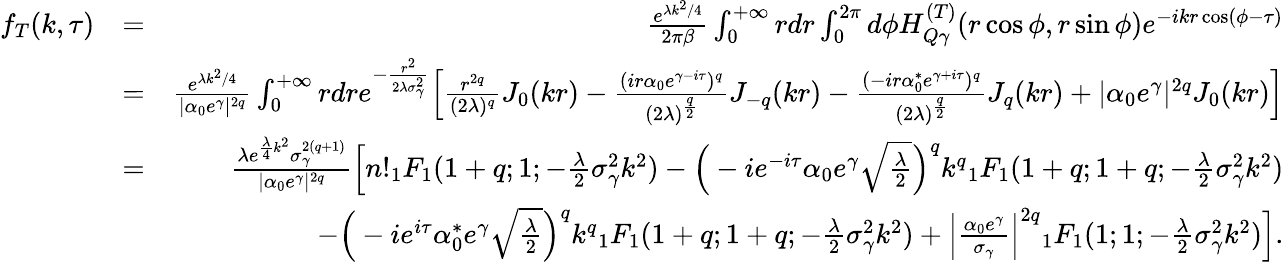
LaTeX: \begin{array}{rlr}{f_{T}(k,\tau)}&{=}&{\frac{e^{\lambda k^{2}/4}}{2\pi\beta}\int_{0}^{+\infty}rdr\int_{0}^{2\pi}d\phi H_{Q\gamma}^{(T)}(r\cos\phi,r\sin\phi)e^{-ikr\cos(\phi-\tau)}}\\ &{=}&{\frac{e^{\lambda k^{2}/4}}{|\alpha_{0}e^{\gamma}|^{2q}}\int_{0}^{+\infty}rdre^{-\frac{r^{2}}{2\lambda\sigma_{\gamma}^{2}}}\Big[\frac{r^{2q}}{(2\lambda)^{q}}J_{0}(kr)-\frac{(ir\alpha_{0}e^{\gamma-i\tau})^{q}}{(2\lambda)^{\frac{q}{2}}}J_{-q}(kr)-\frac{(-ir\alpha_{0}^{*}e^{\gamma+i\tau})^{q}}{(2\lambda)^{\frac{q}{2}}}J_{q}(kr)+|\alpha_{0}e^{\gamma}|^{2q}J_{0}(kr)\Big]}\\ &{=}&{\frac{\lambda e^{\frac{\lambda}{4}k^{2}}\sigma_{\gamma}^{2(q+1)}}{|\alpha_{0}e^{\gamma}|^{2q}}\Big[n!{_1F_{1}}(1+q;1;-\frac{\lambda}{2}\sigma_{\gamma}^{2}k^{2})-\Big(-ie^{-i\tau}\alpha_{0}e^{\gamma}\sqrt{\frac{\lambda}{2}}\Big)^{q}k^{q}{_1F_{1}}(1+q;1+q;-\frac{\lambda}{2}\sigma_{\gamma}^{2}k^{2})}\\ &{}&{-\Big(-ie^{i\tau}\alpha_{0}^{*}e^{\gamma}\sqrt{\frac{\lambda}{2}}\Big)^{q}k^{q}{_1F_{1}}(1+q;1+q;-\frac{\lambda}{2}\sigma_{\gamma}^{2}k^{2})+\Big|\frac{\alpha_{0}e^{\gamma}}{\sigma_{\gamma}}\Big|^{2q}{_1F_{1}}(1;1;-\frac{\lambda}{2}\sigma_{\gamma}^{2}k^{2})\Big].}\end{array}